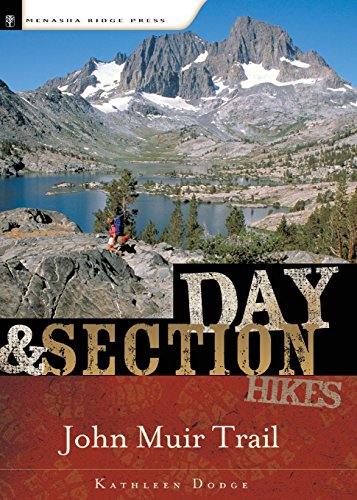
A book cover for Day and Section Hikes: John Muir Trail; Kathleen Dodge; Health, Fitness & Dieting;